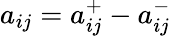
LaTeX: a_{ij}=a_{ij}^{+}-a_{ij}^{-}